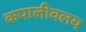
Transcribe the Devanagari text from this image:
कपालीवलय